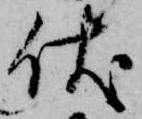
伏